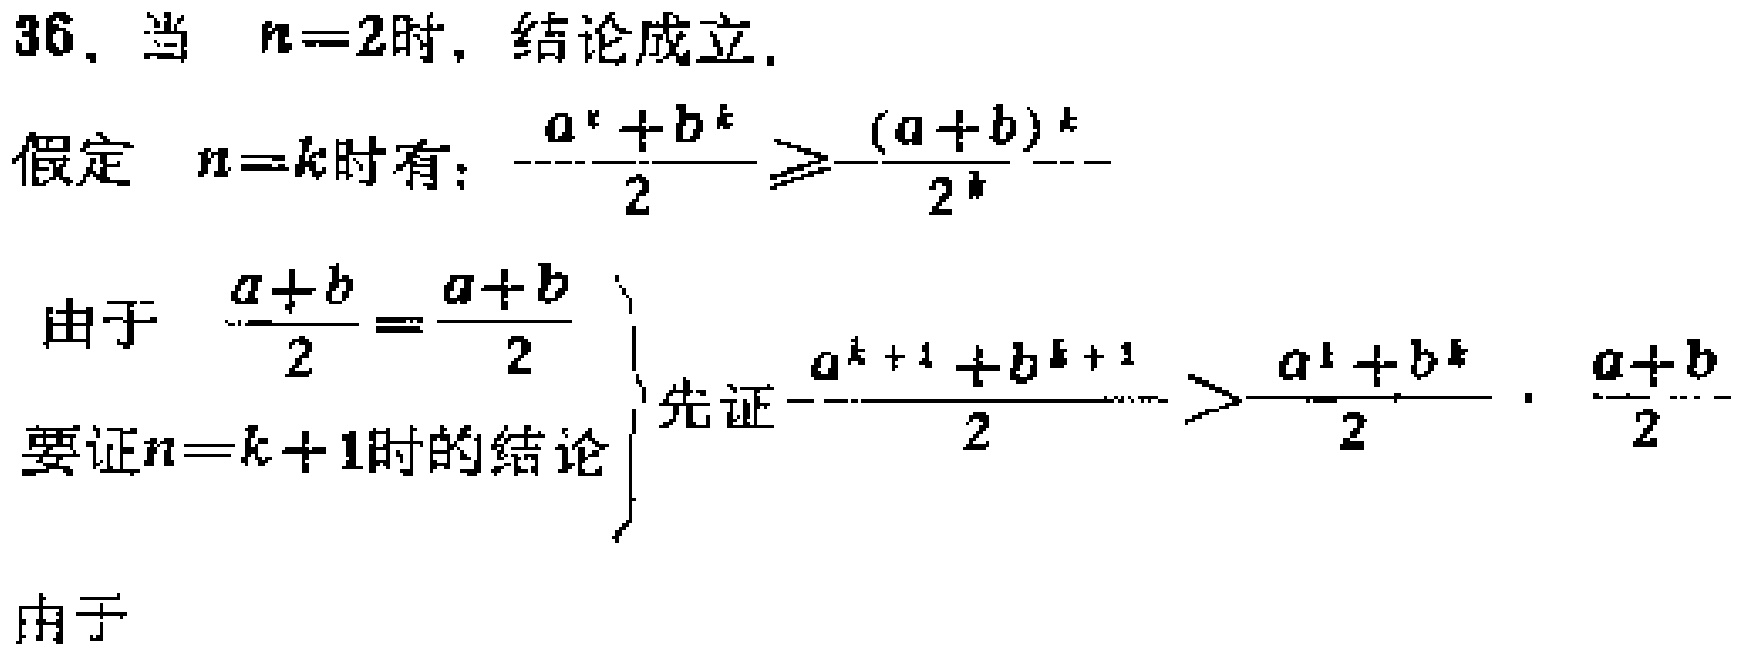
36. 当 \(n = 2\)时，结论成立.
假定 \(n = k\)时有：\(\frac{a^{k}+b^{k}}{2}\geqslant\frac{(a + b)^{k}}{2^{k}}\)
由于 \(\frac{a + b}{2}=\frac{a + b}{2}\)
要证\(n = k + 1\)时的结论 \(\left\{\begin{array}{l}\text{先证}\frac{a^{k + 1}+b^{k + 1}}{2}>\frac{a^{k}+b^{k}}{2}\cdot\frac{a + b}{2}\end{array}\right.\)
由于